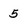
Character: 5